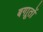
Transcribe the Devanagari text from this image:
बगाूतों